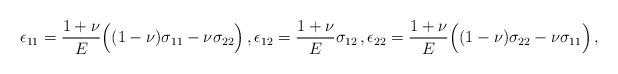
LaTeX: \begin{align*}\epsilon_{11}=\frac{1+\nu}{E}\Big((1-\nu)\sigma_{11}-\nu\sigma_{22}\Big)\,,\epsilon_{12}=\frac{1+\nu}{E}\sigma_{12}\,,\epsilon_{22}=\frac{1+\nu}{E}\Big((1-\nu)\sigma_{22}-\nu\sigma_{11}\Big)\,,\end{align*}